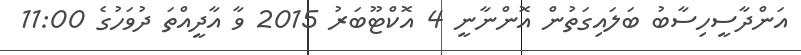
އަންދާސީހިސާބު ބަލައިގަތުން އޮންނާނީ 4 އޮކްޓޫބަރު 2015 ވާ އާދީއްތަ ދުވަހުގެ 11:00